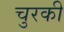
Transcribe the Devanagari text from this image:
चुरकी